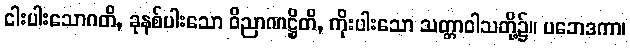
ငါးပါးသောဂတိ, ခုနစ်ပါးသော ဝိညာဏဋ္ဌိတိ, ကိုးပါးသော သတ္တာဝါသတို့၌။ ပဘေဒကာ၊